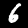
Label: 6